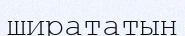
ширататын